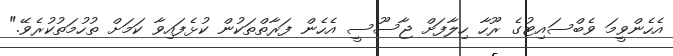
އެހެންވީމަ ވެބްސައިޓުގެ ރޫހާ ހިލާފަށް ޖާސޫސީ އެހެން ފަރާތްތަކުން ކުޅެފައިވާ ކަމަށް ތުހުމަތުކުރެވޭ."